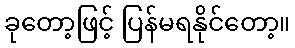
ခုတော့ဖြင့် ပြန်မရနိုင်တော့။